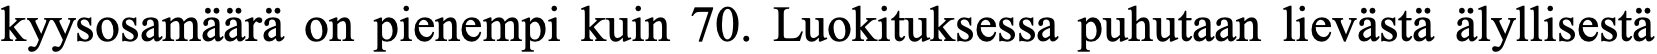
kyysosamäärä on pienempi kuin 70. Luokituksessa puhutaan lievästä älyllisestä